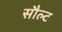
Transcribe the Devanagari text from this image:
सौल्ट